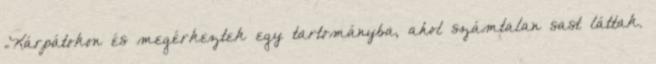
=Kárpátokon és megérkeztek egy tartományba, ahol számtalan sast láttak.